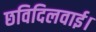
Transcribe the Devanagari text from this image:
छविदिलवाई।